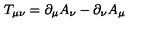
T _ { \mu \nu } = \partial _ { \mu } A _ { \nu } - \partial _ { \nu } A _ { \mu }